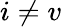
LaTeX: i\neq v